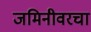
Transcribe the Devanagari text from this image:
जमिनीवरचा